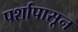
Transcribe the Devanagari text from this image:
पर्शापासून